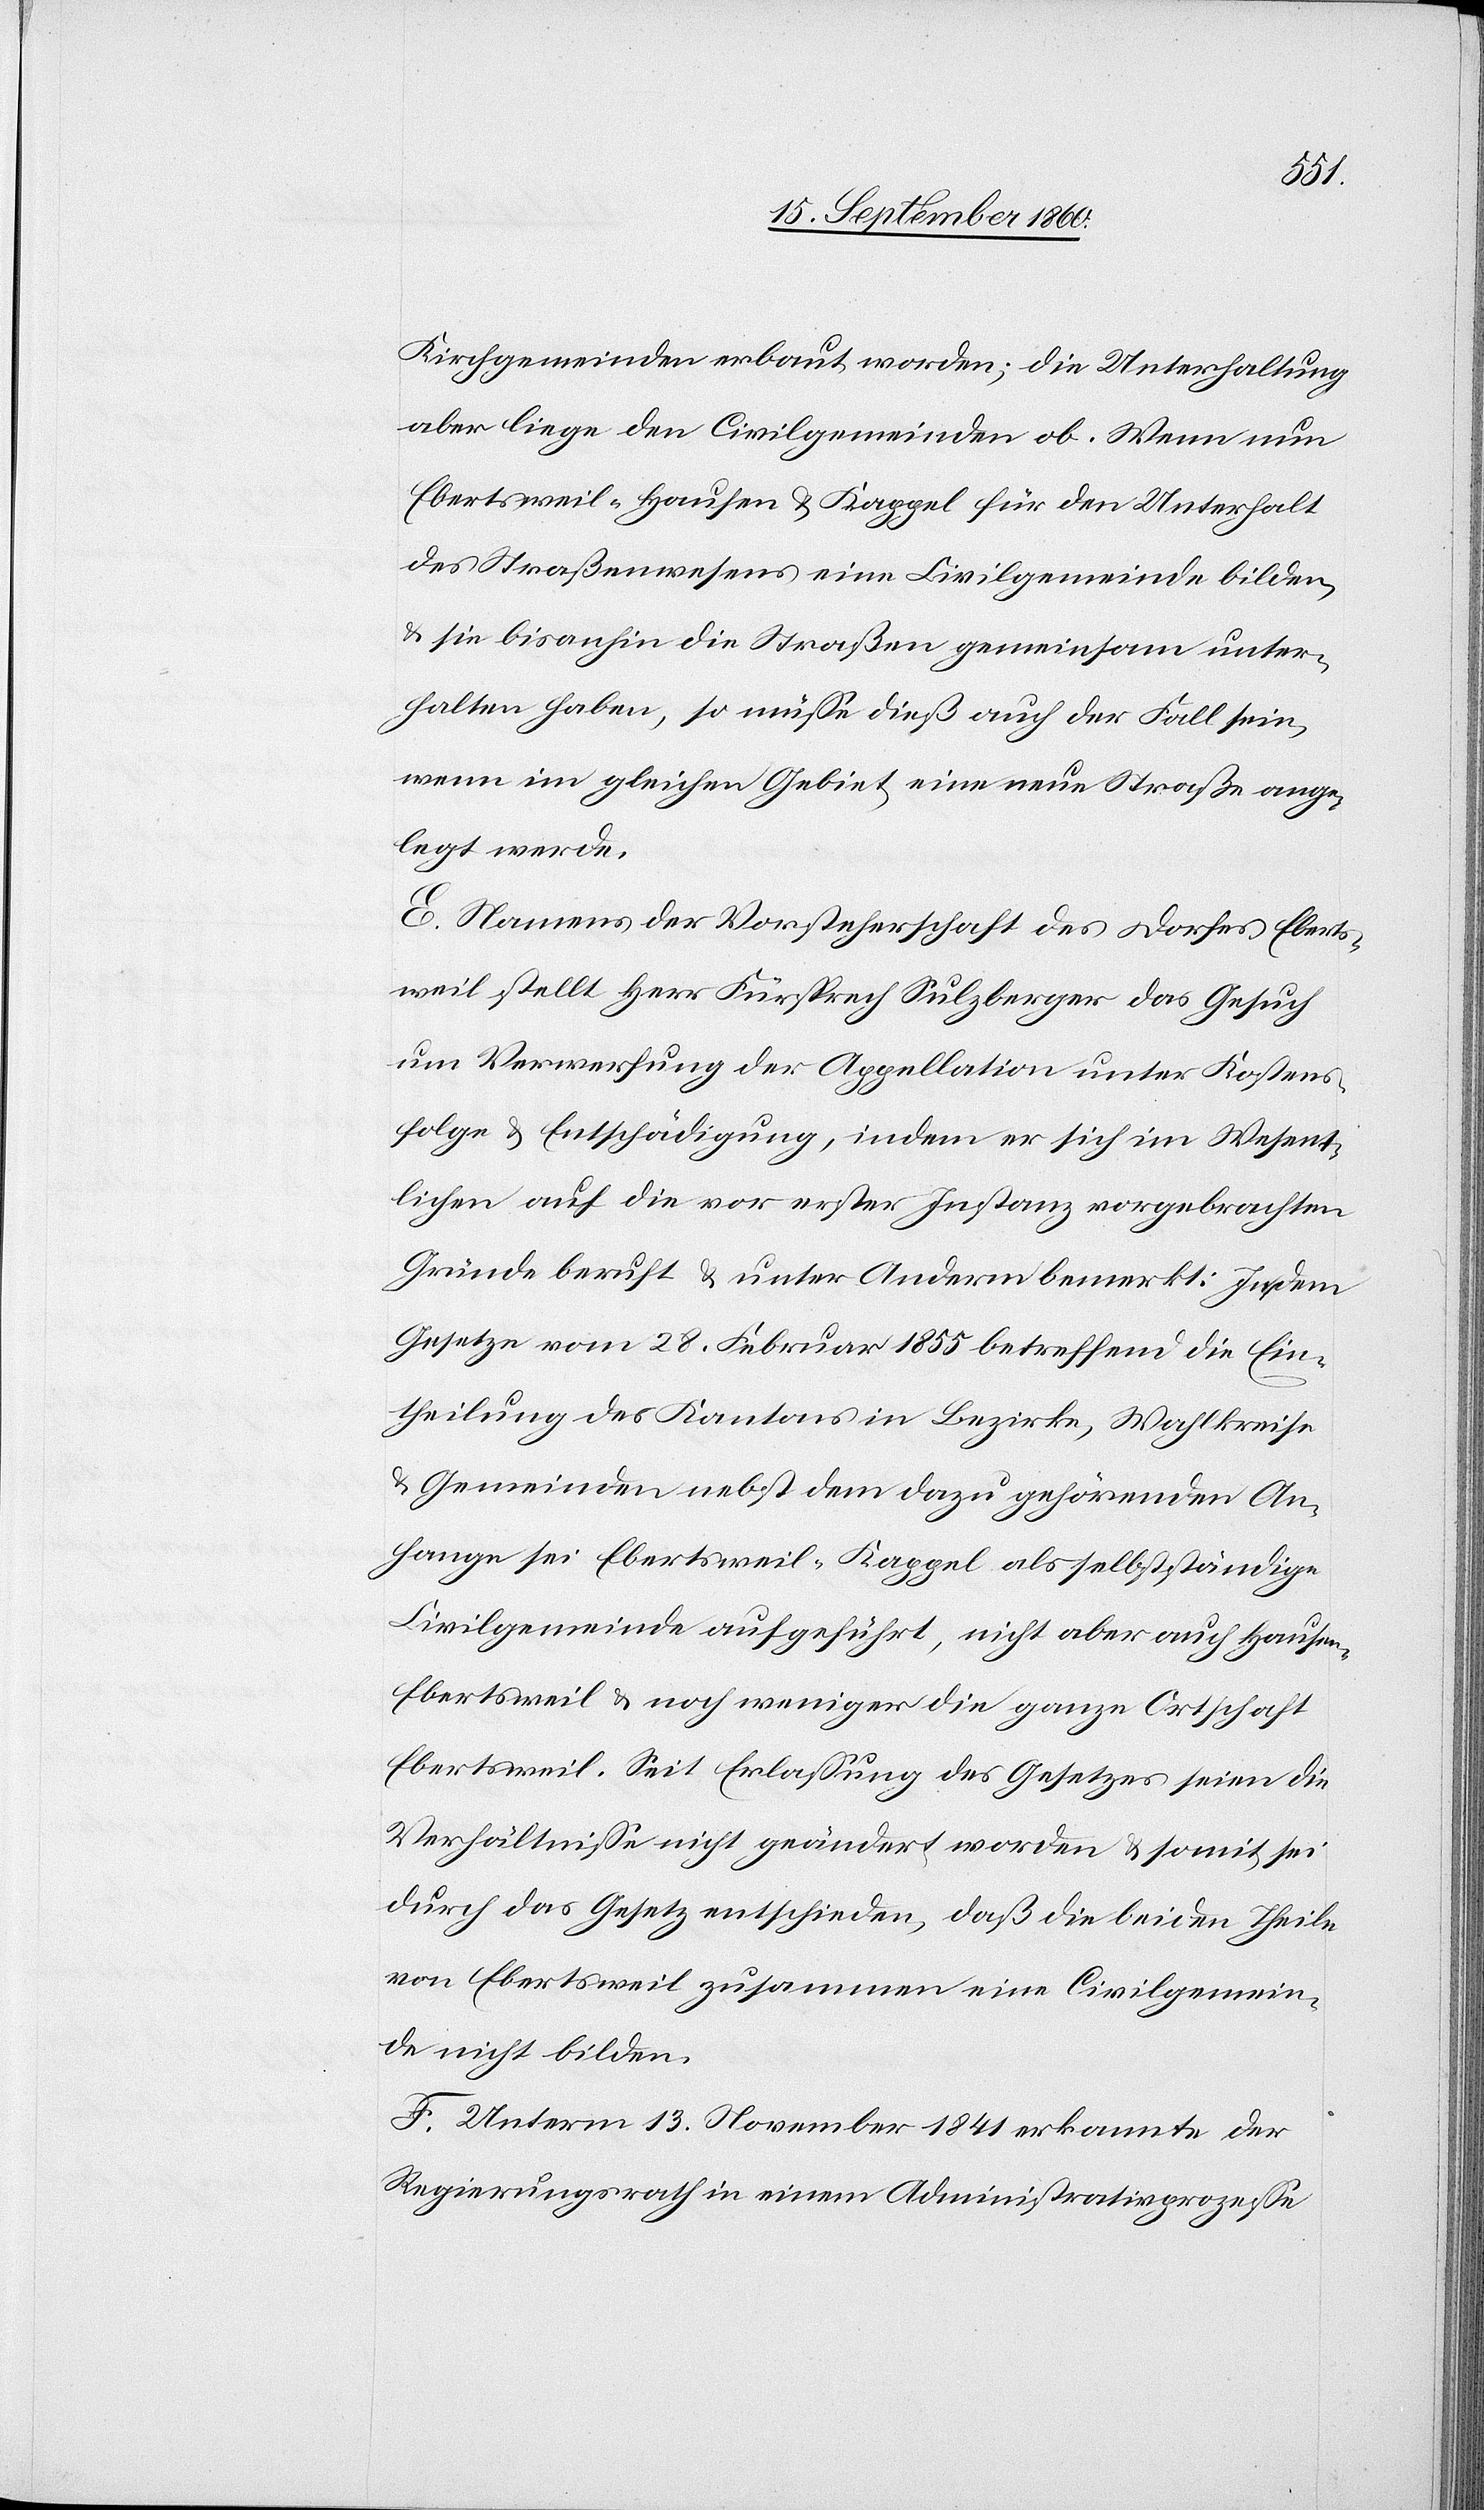
Kirchgemeinden erbaut worden; die Unterhaltung
aber liege den Civilgemeinden ob. Wenn nun
Ebertsweil-Hausen u. Kappel für den Unterhalt
des Straßenwesens eine Civilgemeinde bilden
u. sie bisanhin die Straßen gemeinsam unter¬
halten haben, so müße dieß auch der Fall sein,
wenn im gleichen Gebiet eine neue Straße ange¬
legt werde.
E. Namens der Vorsteherschaft des Dorfes Eberts¬
weil stellt Herr Fürsprech Sulzberger das Gesuch
um Verwerfung der Appellation unter Kostens¬
folge u. Entschädigung, indem er sich im Wesent¬
lichen auf die vor erster Instanz vorgebrachten
Gründe beruft u. unter Anderm bemerkt: In dem
Gesetze vom 28. Februar 1855 betreffend die Ein¬
theilung des Kantons in Bezirk, Wahlkreise
u. Gemeinden nebst dem dazu gehörenden An¬
hange sei Ebertsweil-Kappel als selbstständige
Civilgemeinde aufgeführt, nicht aber auch Hausen-E¬
bertsweil u. noch weniger die ganze Ortschaft
Ebertsweil. Seit Erlaßung des Gesetzes seien die
Verhältnisse nicht geändert worden u. somit sei
durch das Gesetz entschieden, daß die beiden Theile
von Ebertsweil zusammen eine Civilgemein¬
de nicht bilden.
F. Unterm 13. November 1841 erkannte der
Regierungsrath in einem Administrationsprozeße